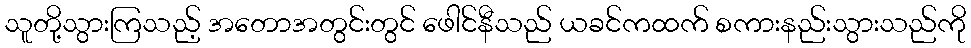
သူတို့သွားကြသည့် အတောအတွင်းတွင် ဖေါင်နီသည် ယခင်ကထက် စကားနည်းသွားသည်ကို